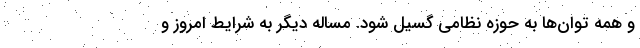
و همه توان‌ها به حوزه نظامی گسیل شود. مساله دیگر به شرایط امروز و